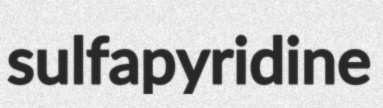
sulfapyridine